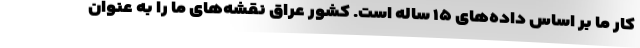
کار ما بر اساس داده‌های ۱۵ ساله است. کشور عراق نقشه‌های ما را به عنوان